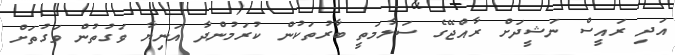
އަދި ރައީސް ނަޝީދަށް ރާއްޖޭގެ ސަލާމަތީ ބާރުތަކުން ކުރަމުންދާ އަނިޔާ ވަގުތުން ވަގުތަށް